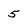
Character: 5